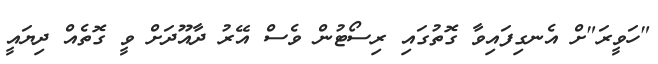
"ހަވީރަ"ށް އެނގިފައިވާ ގޮތުގައި ރިސޯޓުން ވެސް އޭރު ދާއޫދަށް ވީ ގޮތެއް ދިޔައީ